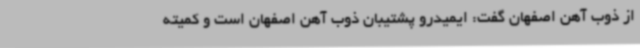
از ذوب آهن اصفهان گفت: ایمیدرو پشتیبان ذوب آهن اصفهان است و کمیته